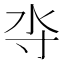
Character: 𰛋